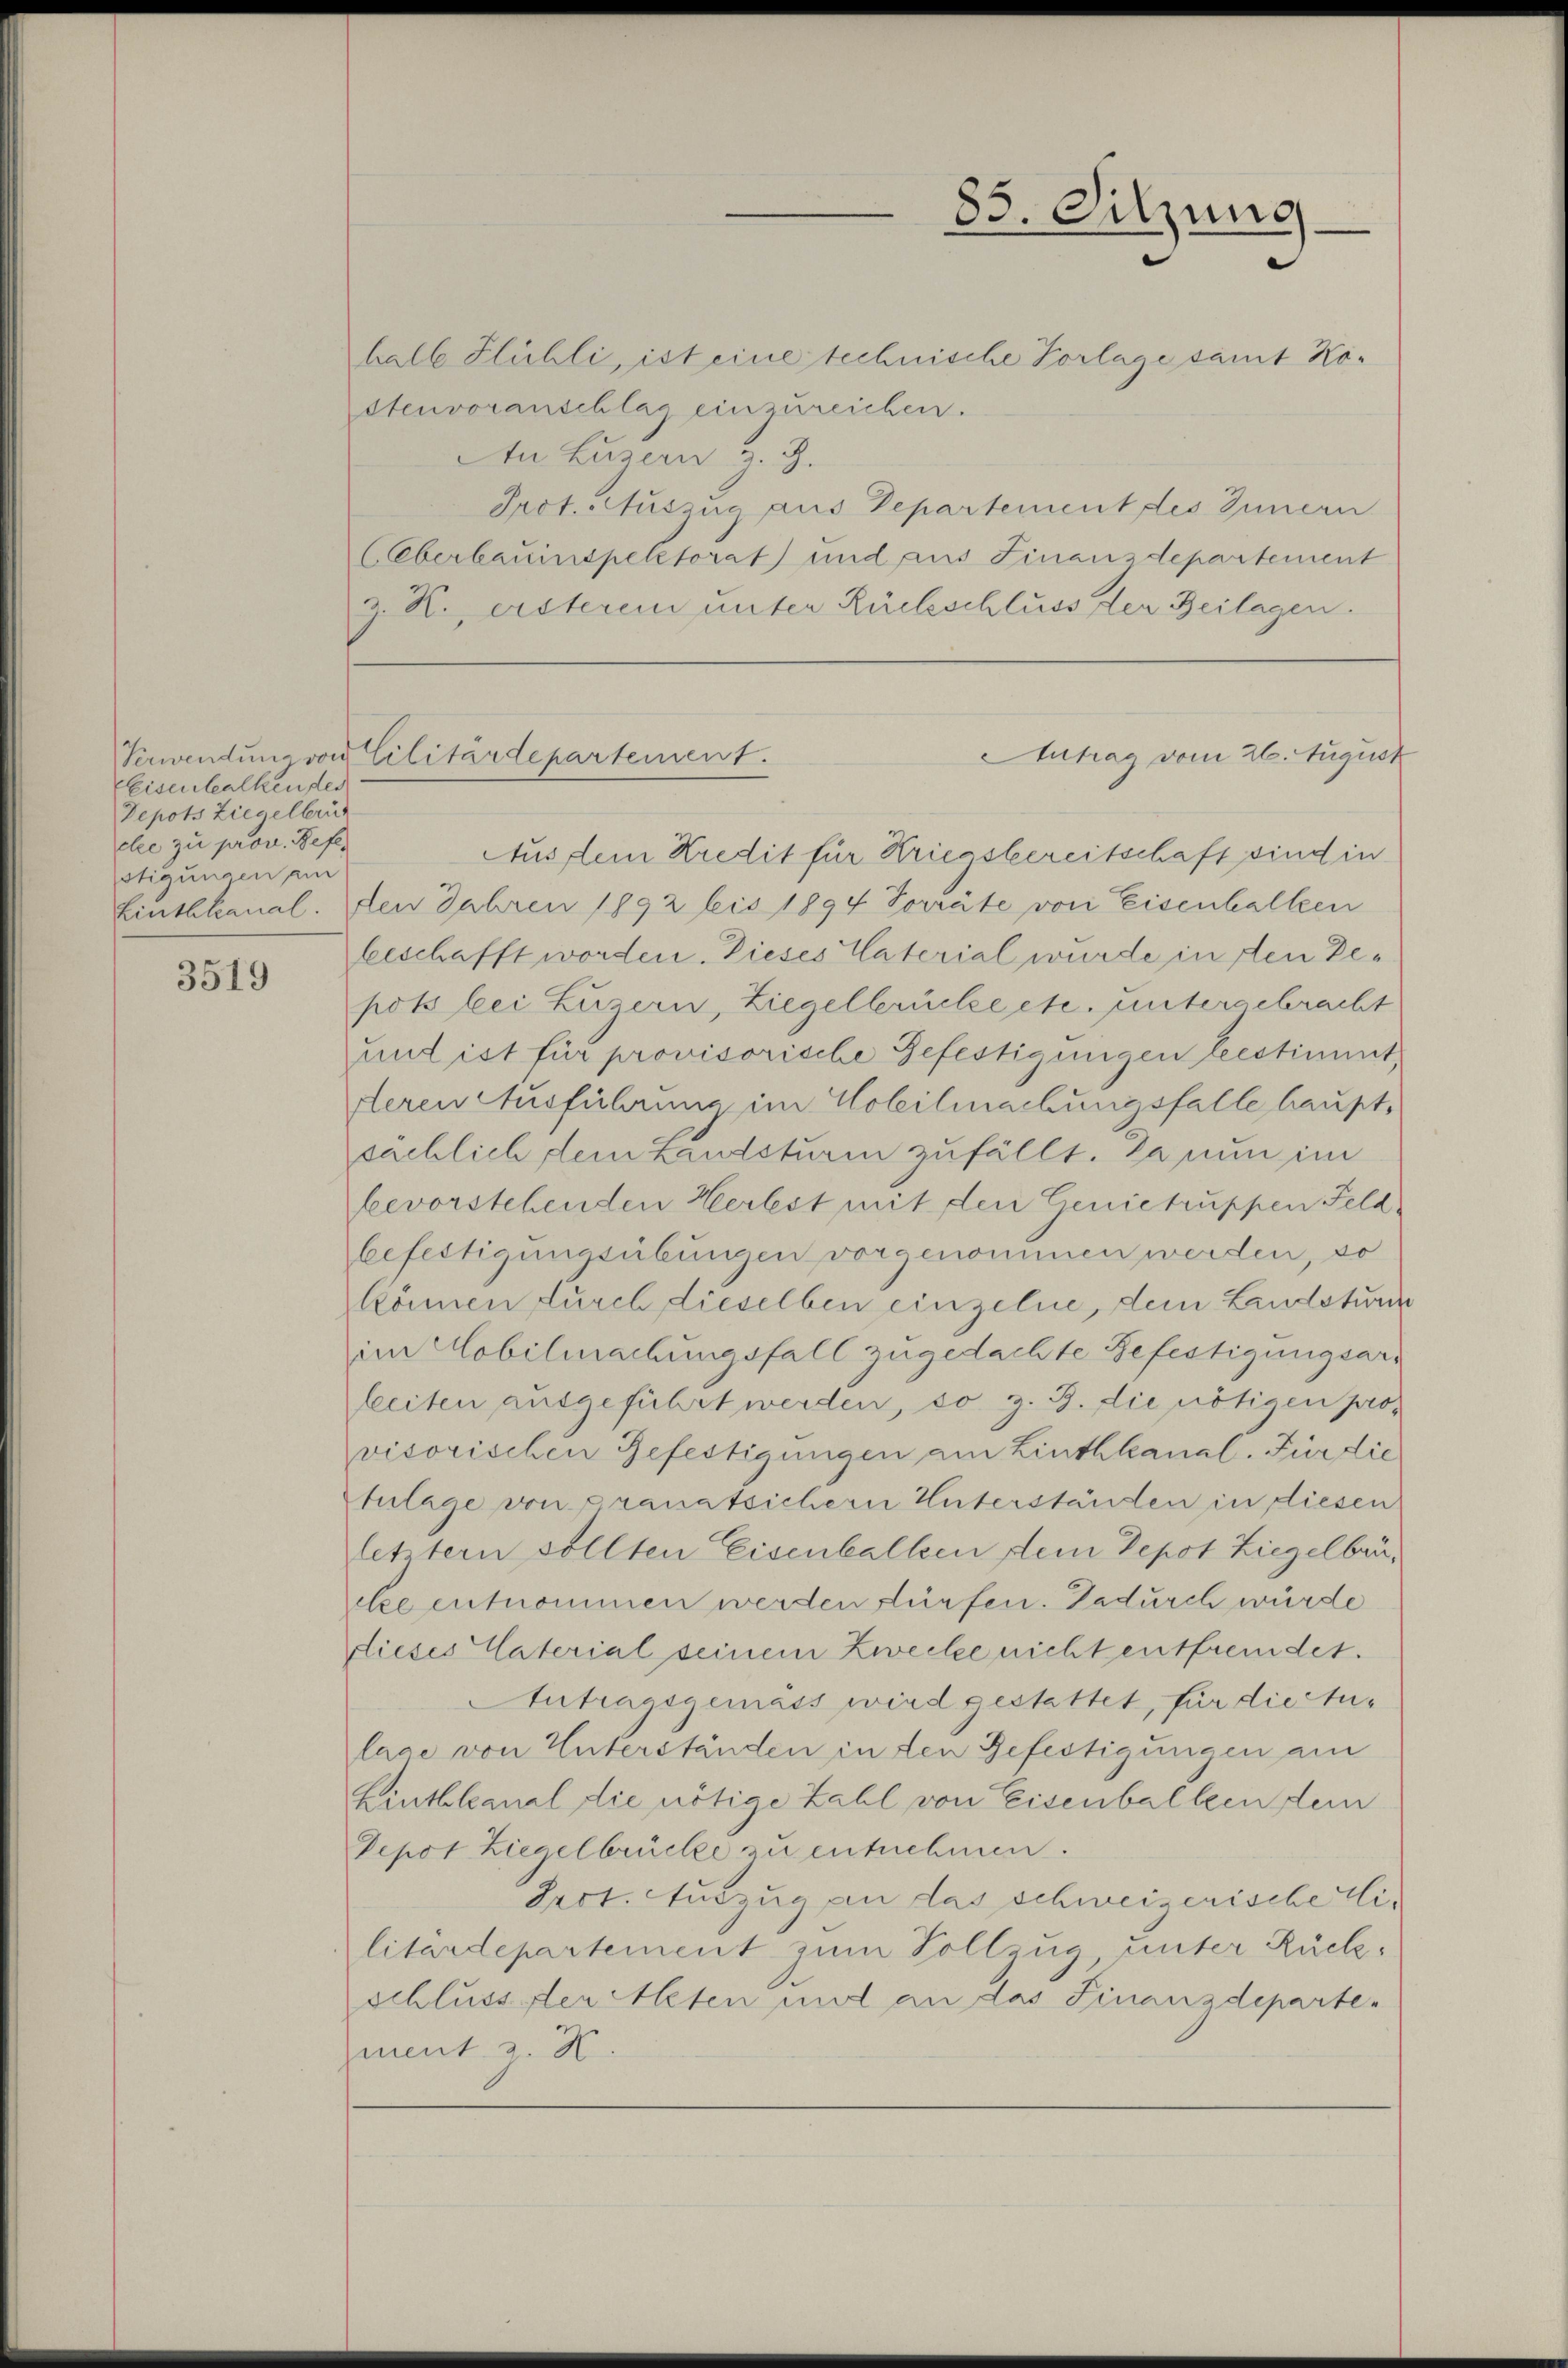
Eleisenbalkender
Depots Ziegelbrück
clee zu prov. Refer
stigungen am

3519

halb Flühli, ist eine technische Vorlage samt Köstenvoranschlag einzureichen.
An Luzern z. Z.
Prot. Auszug aus Departement des Innern
Überbauinspektorat) und aus Finanzdepartement
z. K. ersterem unter Rückschluss der Beilagen.

Aus dem Kredit für Kriegsbereitschaft sind in
Einthkanal. Den Jahren 1892 bis 1894 Vorräte von Eisenhallen
beschafft worden. Dieses Vaterial wurde in den Depots bei Luzern, Ziegelbrücke etc. untergebracht
und ist für provisorische Befestigungen bestimmt,
deren Ausführung im Holeilmachungsfalle haupt,
sächlich dem Landsturm zufällt. Da nun im
bevorstehenden Herbst mit den Genietruppen Feld.
befettigungsübungen vorgenommen werden, so
können durch dieselben einzelne, dem Landstur
im Mobilmachungsfall zugedachte Befestigungsarleiten ausgeführt werden, so z. B. die nötigen provisorischen Gefestigungen am Linthkanal. Für die
fulage von Cranatsicher Unterständen in diesen
letztern sollten Eisenballen dem Depot Ziegelbar,
cle entnommen werden dürfen. Dadurch würde
dieses Vaterial seinem Zwecke nicht entfremdet.
Antragsgemäss wird gestattet, für die Stulage von Unterständen in den Gefestigungen am
Linthkanal die nötige Zahl von Eisenballeen dem
Depot Ziegelbrücke zu entnehmen.
Prot. Auszug an das schweizerische Eilitärdepartement zum Vollzug unter Rückschluss der Meten und an das Finanzdepartement z. K

85. Sitzung).

Antrag vom 26. August
Verwendung von Cilitärdepartement.